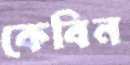
কেবিন